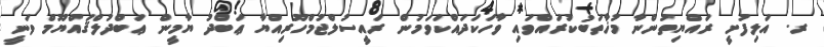
ރ. އަލިފުށީ ރައްޔިތުންނާ މުޚާތަބުކުރައްވައި ވާހަކަދައްކަވަމުން ރައީސުލްޖުމްހޫރިއްޔާ ޢަބްދު ޔާމީން ޢަބްދުލްޤައްޔޫމް ވަނީ